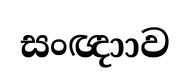
සංඥාාව